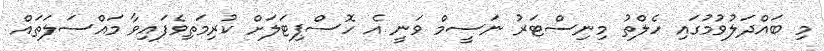
މި ބައްދަލުވުމުގައި ހެލްތު މިނިސްޓަރު ނަސީމް ވަނީ އެ ހޮސްޕިޓަލަށް ކުރިމަތިވެފައިވާ މައްސަލަތައް